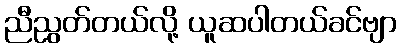
ညီညွတ်တယ်လို့ ယူဆပါတယ်ခင်ဗျာ